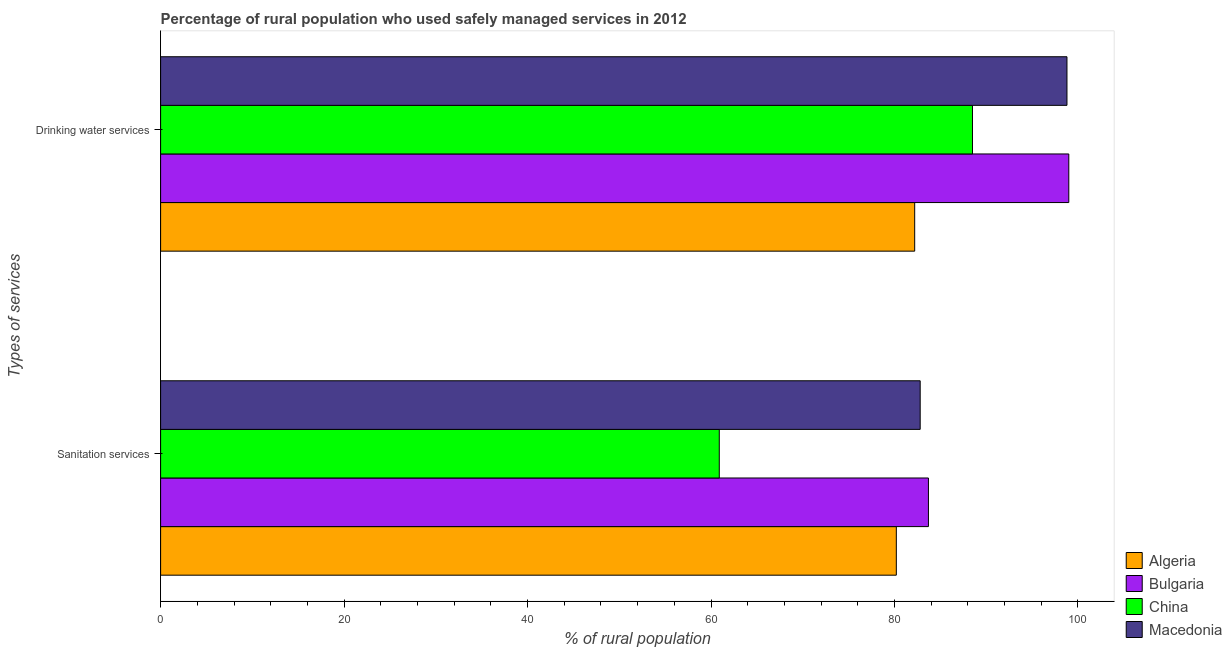
| Types of services | Algeria | Bulgaria | China | Macedonia |
 | --- | --- | --- | --- | --- |
 | Sanitation services | 80.2 | 83.7 | 60.9 | 82.8 |
 | Drinking water services | 82.2 | 99 | 88.5 | 98.8 |